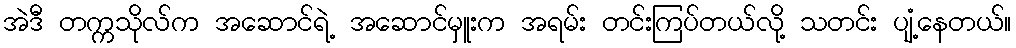
အဲဒီ တက္ကသိုလ်က အဆောင်ရဲ့ အဆောင်မှူးက အရမ်း တင်းကြပ်တယ်လို့ သတင်း ပျံ့နေတယ်။